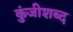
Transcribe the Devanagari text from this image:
कुंजीशब्द